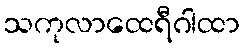
သကုလာထေရီဂါထာ